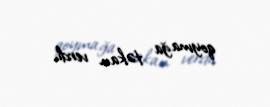
qoymağa təkan verdi.